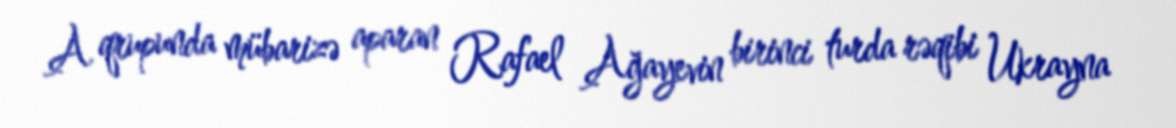
A qrupunda mübarizə aparan Rafael Ağayevin birinci turda rəqibi Ukrayna